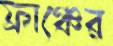
ফ্রাঞ্চের